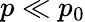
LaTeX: p\ll p_{0}